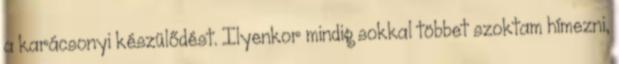
a karácsonyi készülődést. Ilyenkor mindig sokkal többet szoktam hímezni,